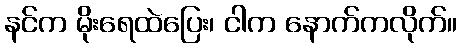
နင်က မိုးရေထဲပြေး၊ ငါက နောက်ကလိုက်။